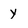
Character: y